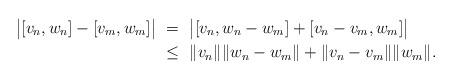
LaTeX: \begin{align*} \bigl|[v_n,w_n] - [v_m,w_m]\bigr| & \ =\ \bigl|[v_n,w_n-w_m] + [v_n - v_m,w_m]\bigr| \\ & \ \leq\ \|v_n\| \|w_n - w_m\| + \|v_n-v_m\|\|w_m\|.\end{align*}